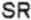
SR